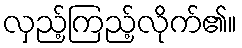
လှည့်ကြည့်လိုက်၏။